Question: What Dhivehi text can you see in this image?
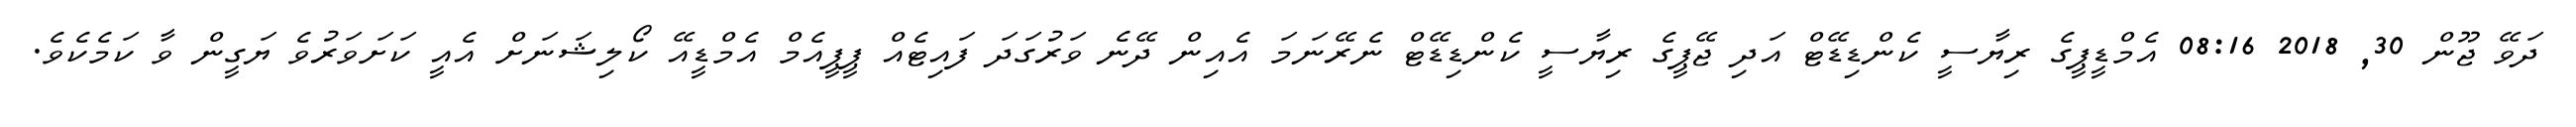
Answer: ދަވޭ ޖޫން 30, 2018 08:16 އެމްޑީޕީގެ ރިޔާސީ ކެންޑިޑޭޓް އަދި ޖޭޕީގެ ރިޔާސީ ކެންޑިޑޭޓް ނެރޭނަމަ އެއިން ދޭނެ ވަރުގަދަ ފައިޓެއް ޕީޕީއެމް އެމްޑީއޭ ކޯލިޝަނަށް އެއީ ކަށަވަރުވެ ޔަގީން ވާ ކަމެކެވެ.